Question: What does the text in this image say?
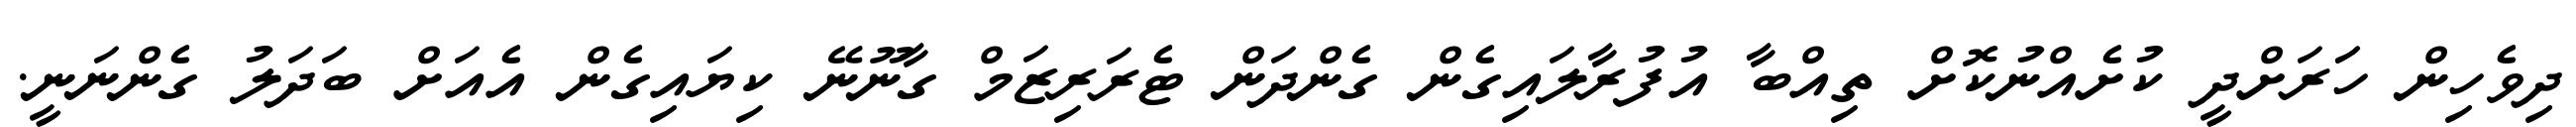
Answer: ދިވެހިން ހަަރަށްދީ ކުށެއްނުކޮށް ތިއްބާ އުފުރާލައިގެން ގެންދަން ޓެރަރިޒަމް ގާނޫނޭ ކިޔައިގެން އެއަށް ބަދަލު ގެންނަނީ.